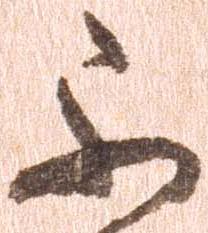
不